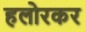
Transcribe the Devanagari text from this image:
हलोरकर